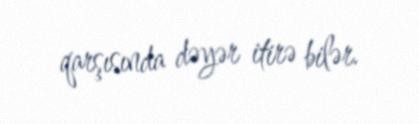
qarşısında dəyər itirə bilər.